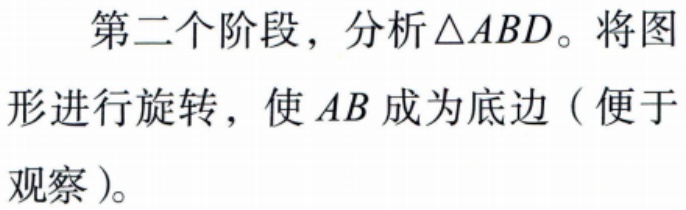
第二个阶段，分析\(\triangle ABD\)。将图形进行旋转，使\(AB\)成为底边（便于观察）。